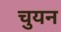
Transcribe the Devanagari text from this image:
चुयन